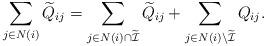
LaTeX: \begin{align*} \sum_{j\in N(i)} \widetilde Q_{ij} = \sum_{j\in N(i)\cap \widetilde{\mathcal{I}}} \widetilde Q_{ij} + \sum_{j\in N(i) \setminus \widetilde{\mathcal{I}}} Q_{ij}.\end{align*}